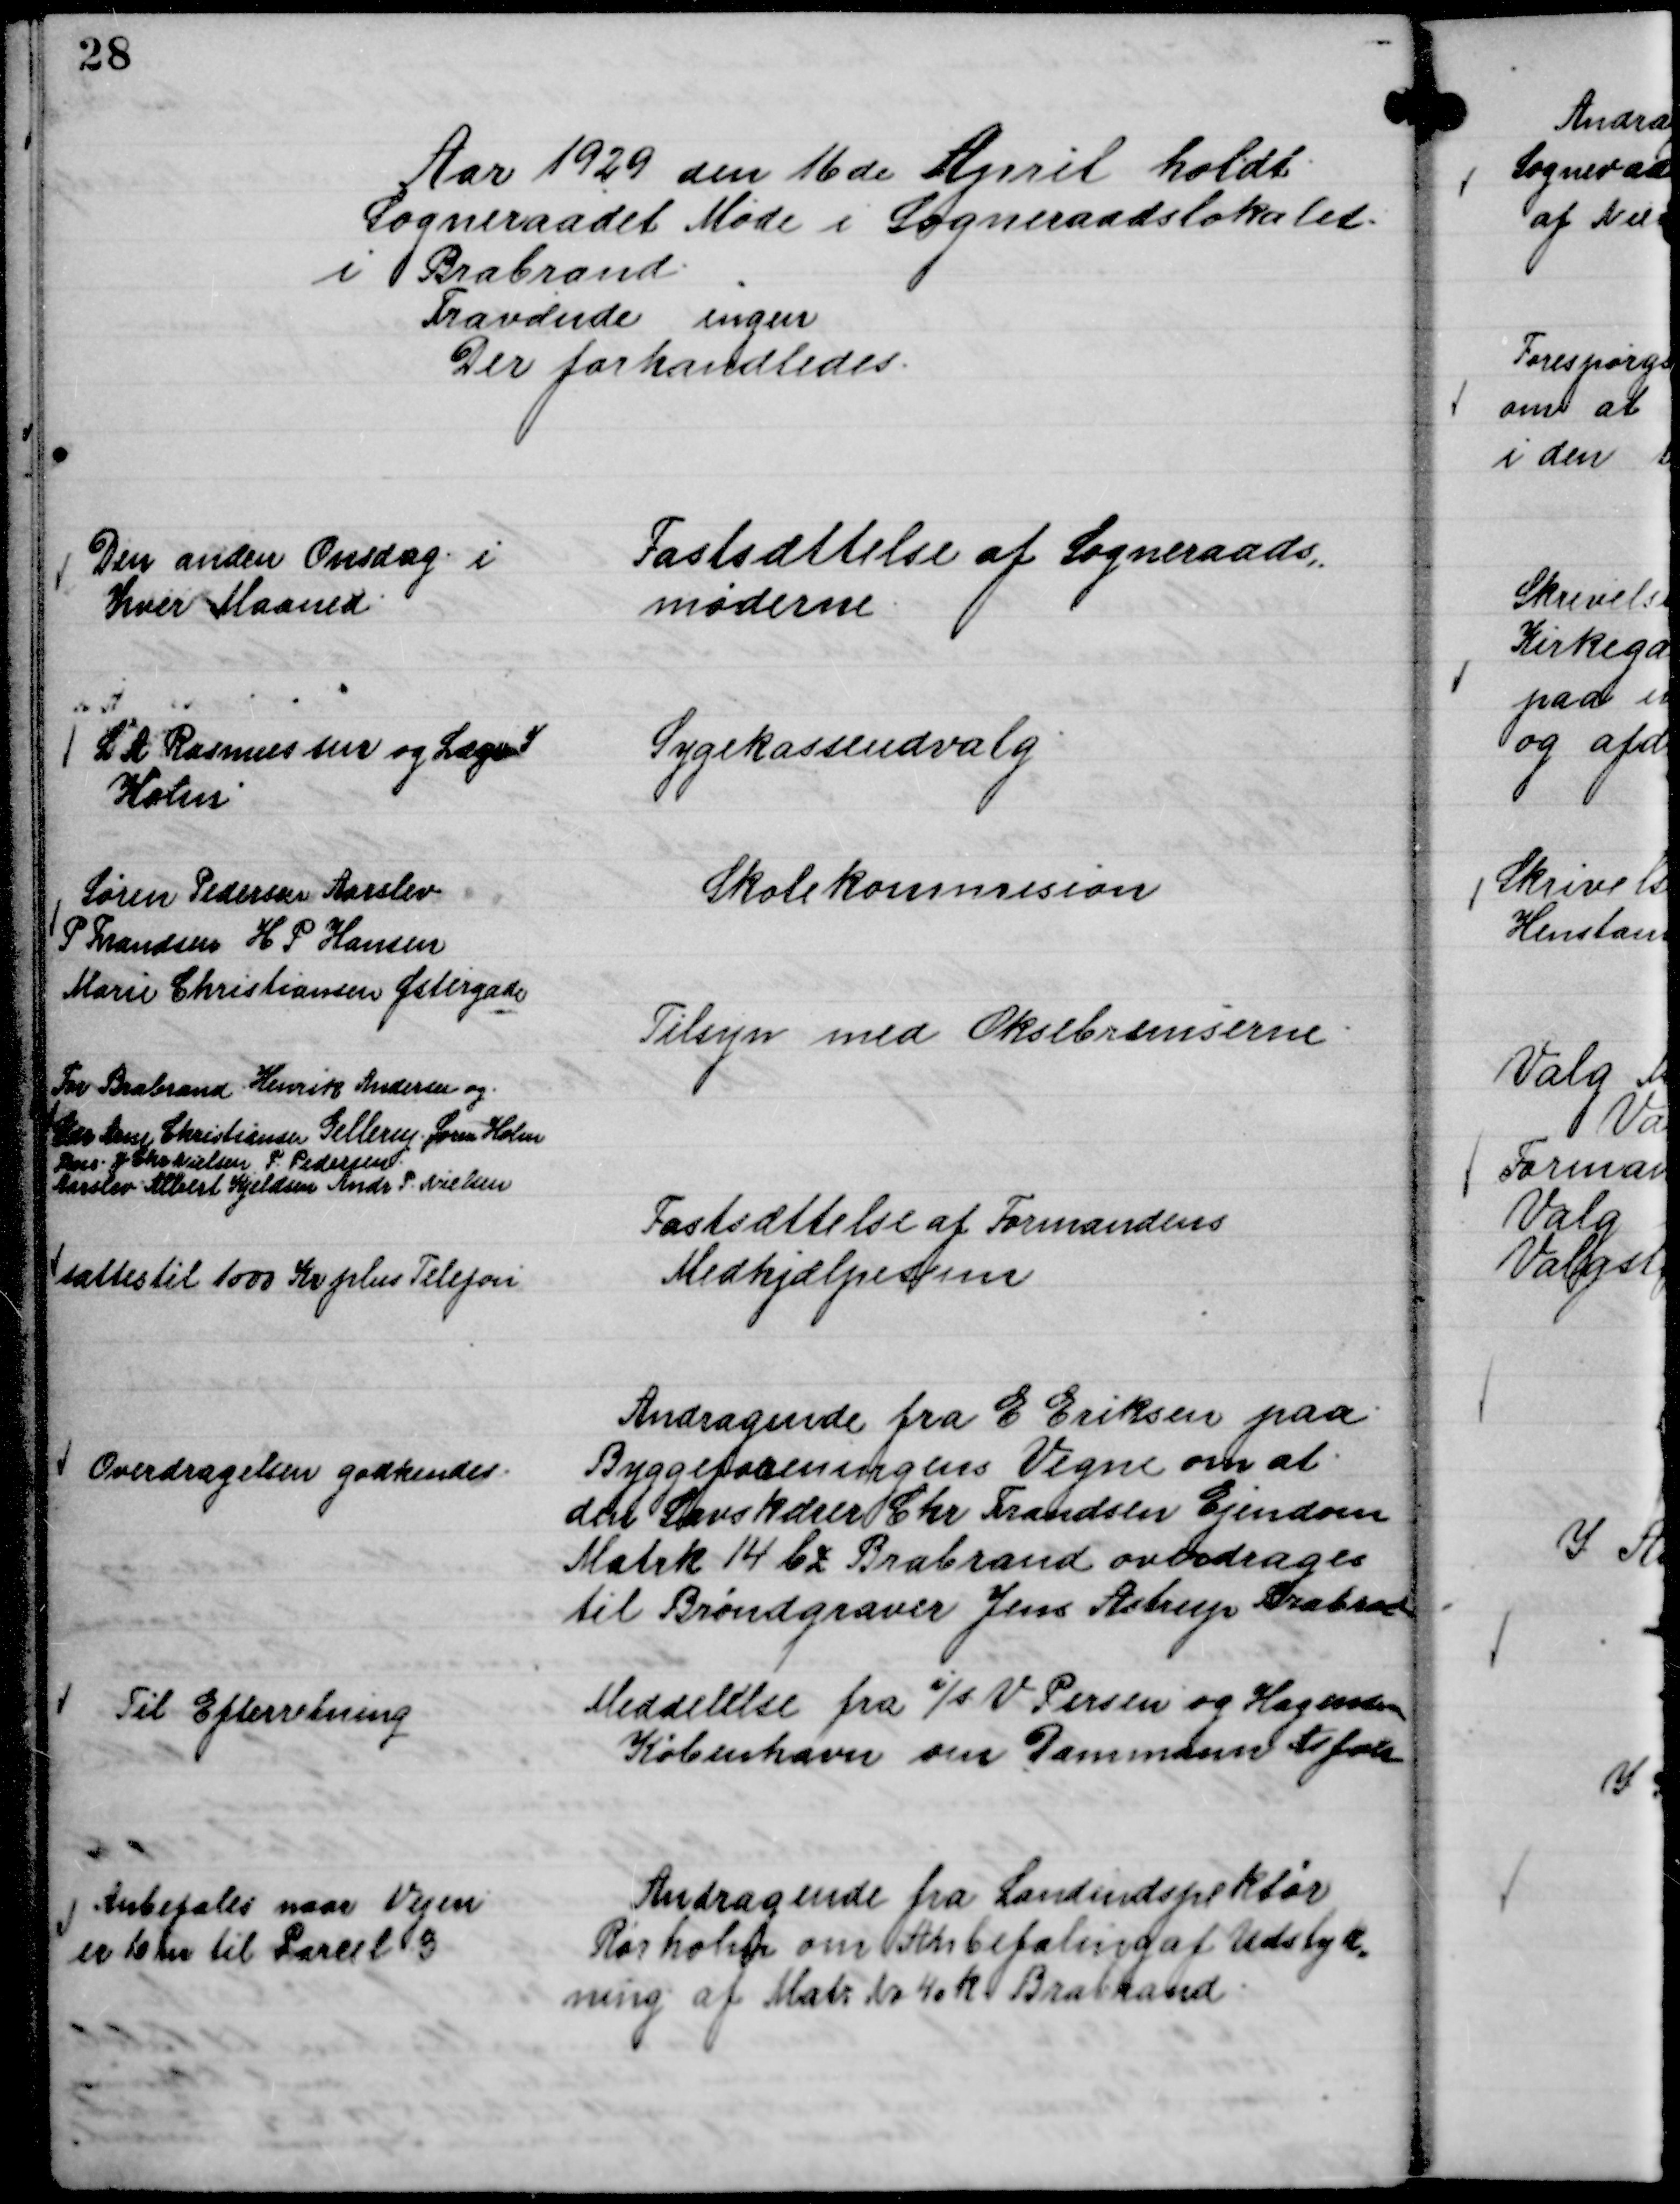
Transskription:
Aar 1929 den 16 de April holdt
Sogneraadet Møde i Sogneraadslokalet
i Brabrand.
Fravænde ingen
Der forhandledes.

Fastsættelse af Sogneraads,,
møderne

Den anden Onsdag i
Hver Maaned

Sygekasseudvalg

L A Rasmussen og Læge
Holm

Skolekommision

Søren Pedersen Aarslev
P. Frandsen H P Hansen
Marie Christiansen Østergade

Tilsyn med Oksebremserne.

For Brabrand Henrik Andersen og
Gdr. Lars Christiansen Gellerup. Søren Holm
Jens J. Chr. Nielsen. P. Pedersen.
Aarslev Albert Kjeldsen Andr P. Nielsen

Fastsættelse af Formandens
Medhjælpesum

sattes til 1000 Kr plus Telefon

Andragende fra E Eriksen paa
Byggeforeningens Vegne om at
den Savskærer Chr Frandsen Ejendom
Matrk 14 bz Brabrand overdrages
til Brøndgraver Jens Astrup Brabrand

Overdragelsen godkendes.

Meddelelse fra

i/s V Persen og Hagensen
København om Dammann Asfalt

Til Efterretning

Andragende fra Landindspektør
Rørholm om Anbefaling at Udstyk,,
ning af Matr No 40 k Brabrand.

Anbetales naar Vejen
er 10 m til Parcel 3